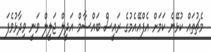
މެޗުތައް ކުޅޭނެ ކަމަށް އެފްއޭއެމުގެ ރައީސް ބައްސާމް އަދީލް ޖަލީލް ވަނީ ވިދާޅުވެފަ